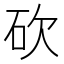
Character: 砍